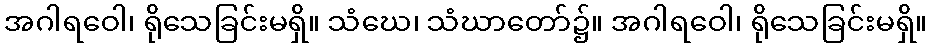
အဂါရဝေါ၊ ရိုသေခြင်းမရှိ။ သံဃေ၊ သံဃာတော်၌။ အဂါရဝေါ၊ ရိုသေခြင်းမရှိ။